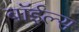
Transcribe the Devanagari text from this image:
बॉईल्स